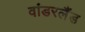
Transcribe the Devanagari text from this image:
वांडरलैंड